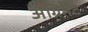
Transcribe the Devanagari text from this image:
अॅग्रिमेंट